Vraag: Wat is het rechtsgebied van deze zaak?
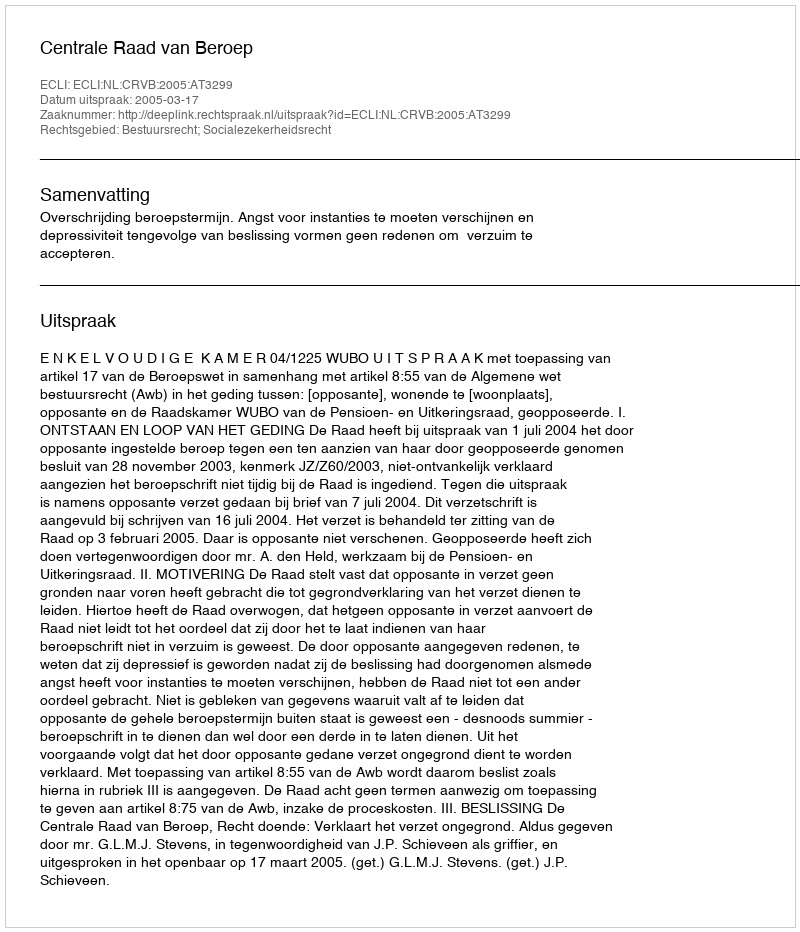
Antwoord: Bestuursrecht; Socialezekerheidsrecht